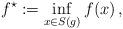
LaTeX: \begin{align*} f^\star:=\inf\limits_{x\in S(g)} f(x)\,,\end{align*}